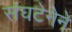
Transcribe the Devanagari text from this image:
संघटेनेने